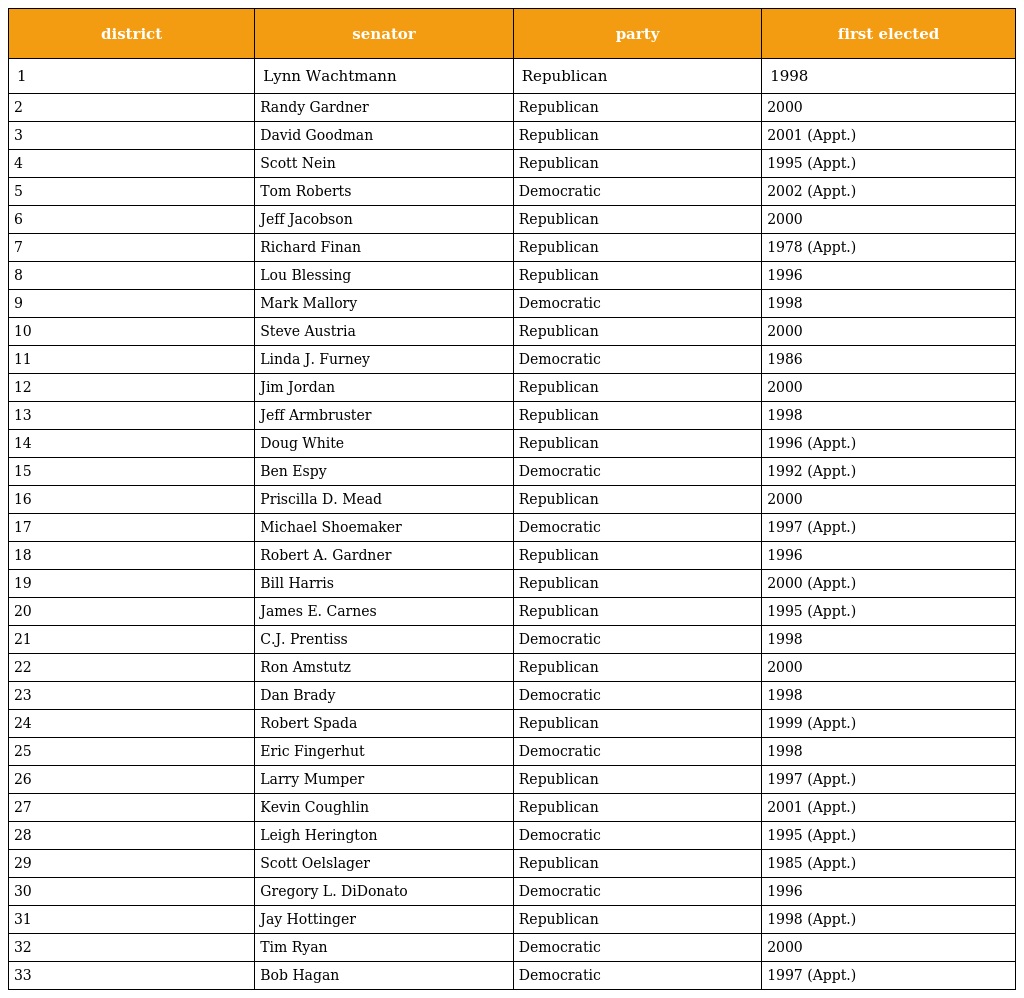
| district | senator | party | first elected |
 | --- | --- | --- | --- |
 | 1 | Lynn Wachtmann | Republican | 1998 |
 | 2 | Randy Gardner | Republican | 2000 |
 | 3 | David Goodman | Republican | 2001 (Appt.) |
 | 4 | Scott Nein | Republican | 1995 (Appt.) |
 | 5 | Tom Roberts | Democratic | 2002 (Appt.) |
 | 6 | Jeff Jacobson | Republican | 2000 |
 | 7 | Richard Finan | Republican | 1978 (Appt.) |
 | 8 | Lou Blessing | Republican | 1996 |
 | 9 | Mark Mallory | Democratic | 1998 |
 | 10 | Steve Austria | Republican | 2000 |
 | 11 | Linda J. Furney | Democratic | 1986 |
 | 12 | Jim Jordan | Republican | 2000 |
 | 13 | Jeff Armbruster | Republican | 1998 |
 | 14 | Doug White | Republican | 1996 (Appt.) |
 | 15 | Ben Espy | Democratic | 1992 (Appt.) |
 | 16 | Priscilla D. Mead | Republican | 2000 |
 | 17 | Michael Shoemaker | Democratic | 1997 (Appt.) |
 | 18 | Robert A. Gardner | Republican | 1996 |
 | 19 | Bill Harris | Republican | 2000 (Appt.) |
 | 20 | James E. Carnes | Republican | 1995 (Appt.) |
 | 21 | C.J. Prentiss | Democratic | 1998 |
 | 22 | Ron Amstutz | Republican | 2000 |
 | 23 | Dan Brady | Democratic | 1998 |
 | 24 | Robert Spada | Republican | 1999 (Appt.) |
 | 25 | Eric Fingerhut | Democratic | 1998 |
 | 26 | Larry Mumper | Republican | 1997 (Appt.) |
 | 27 | Kevin Coughlin | Republican | 2001 (Appt.) |
 | 28 | Leigh Herington | Democratic | 1995 (Appt.) |
 | 29 | Scott Oelslager | Republican | 1985 (Appt.) |
 | 30 | Gregory L. DiDonato | Democratic | 1996 |
 | 31 | Jay Hottinger | Republican | 1998 (Appt.) |
 | 32 | Tim Ryan | Democratic | 2000 |
 | 33 | Bob Hagan | Democratic | 1997 (Appt.) |